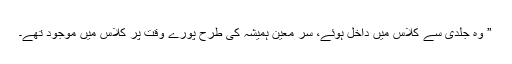
” وہ جلدی سے کلاس میں داخل ہوئے، سر معین ہمیشہ کی طرح پورے وقت پر کلاس میں موجود تھے۔